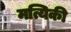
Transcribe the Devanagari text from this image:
मत्यिकी